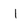
Character: 1